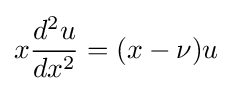
x{\frac {d^{2}u}{dx^{2}}}=(x-\nu )u